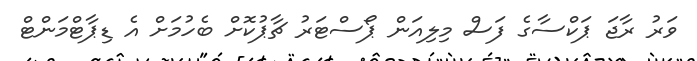
ވަރު ރާޖަ ޕަކްސާގެ ފަސް މިލިއަން ޕޯސްޓަރު ޗާޕުކޮށް ބެހުމަށް އެ ޑިޕާޓްމަންޓް